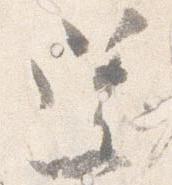
還